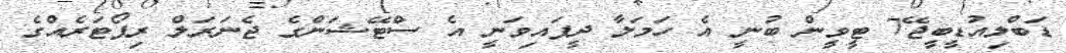
ޑަބްލިއުޑީބީޖޭ7 ޓީވީން ބުނީ އެ ހަމަލާ ދީފައިވަނީ އެ ސްޓޭޝަންގެ ޖެނަރަލް ރިިޕޯޓަރެއްގެ